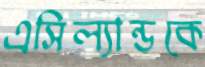
এসিল্যান্ডকে